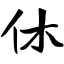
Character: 休